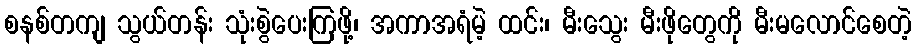
စနစ်တကျ သွယ်တန်း သုံးစွဲပေးကြဖို့၊ အကာအရံမဲ့ ထင်း၊ မီးသွေး မီးဖိုတွေကို မီးမလောင်စေတဲ့